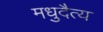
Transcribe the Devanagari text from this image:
मधुदैत्य